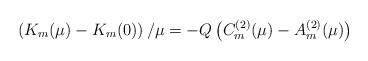
LaTeX: \begin{align*}\left(K_m(\mu)-K_m(0)\right)/\mu=-Q\left(C_m^{(2)}(\mu)-A_m^{(2)}(\mu)\right)\end{align*}